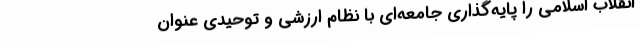
انقلاب اسلامی را پایه‌گذاری جامعه‌ای با نظام ارزشی و توحیدی عنوان